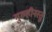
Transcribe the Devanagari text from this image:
गुरुहीनस्तु